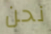
نحن